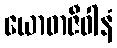
ယောဓာဇီဝါနံ